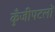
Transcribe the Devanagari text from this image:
कुँजीपटलों